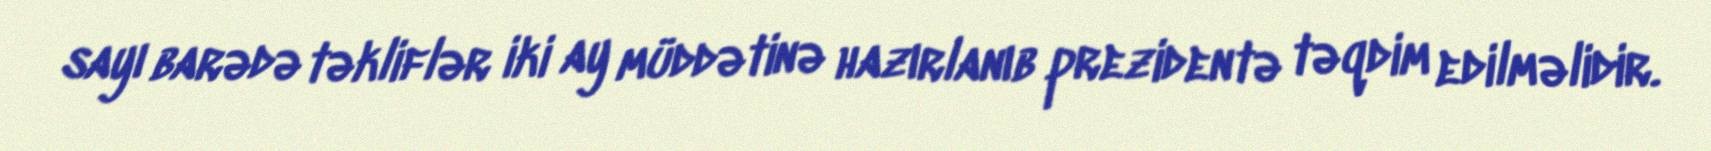
sayı barədə təkliflər iki ay müddətinə hazırlanıb prezidentə təqdim edilməlidir.